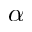
\alpha